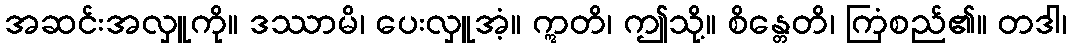
အဆင်းအလှူကို။ ဒဿာမိ၊ ပေးလှူအံ့။ ဣတိ၊ ဤသို့။ စိန္တေတိ၊ ကြံစည်၏။ တဒါ၊